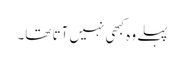
پہلے وہ کبھی نہیں آتا تھا۔